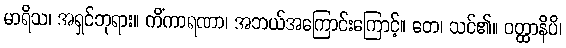
မာရိသ၊ အရှင်ဘုရား။ ကိံကာရဏာ၊ အဘယ်အကြောင်းကြောင့်။ တေ၊ သင်၏။ ဝတ္ထာနိပိ၊